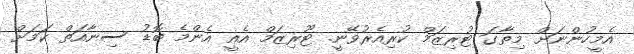
އެމީހުންނަށް މިތާގަ ޓުރިޒަމް ކުރިއެރުވޭނީ. ޓޫރިޒަމް އެއީ އެންމެ ބޮޑު ސިނާއަތް ކަމަށް